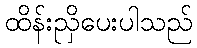
ထိန်းညှိပေးပါသည်